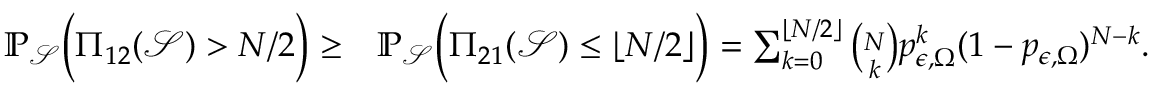
\begin{array} { r l } { \mathbb { P } _ { \mathcal { S } } \Big ( \Pi _ { 1 2 } ( \mathcal { S } ) > N / 2 \Big ) \geq } & { \mathbb { P } _ { \mathcal { S } } \Big ( \Pi _ { 2 1 } ( \mathcal { S } ) \leq \lfloor N / 2 \rfloor \Big ) = \sum _ { k = 0 } ^ { \lfloor N / 2 \rfloor } { \binom { N } { k } } p _ { \epsilon , \Omega } ^ { k } ( 1 - p _ { \epsilon , \Omega } ) ^ { N - k } . } \end{array}